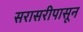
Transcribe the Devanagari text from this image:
सरासरीपासून